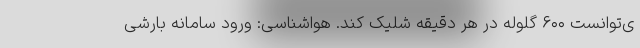
ی‌توانست ۶۰۰ گلوله در هر دقیقه شلیک کند. هواشناسی: ورود سامانه بارشی